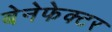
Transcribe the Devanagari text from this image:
बेनेफेक्टर